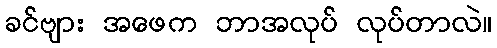
ခင်ဗျား အဖေက ဘာအလုပ် လုပ်တာလဲ။